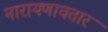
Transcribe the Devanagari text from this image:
नारायणावतार